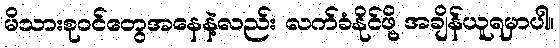
မိသားစုဝင်တွေအနေနဲ့လည်း လက်ခံနိုင်ဖို့ အချိန်ယူရမှာပါ။